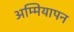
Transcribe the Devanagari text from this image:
अम्मियापन